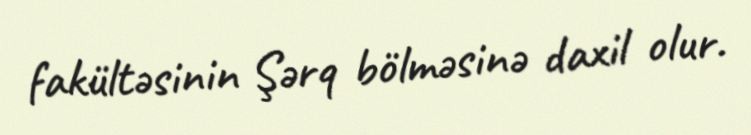
fakültəsinin Şərq bölməsinə daxil olur.